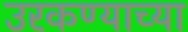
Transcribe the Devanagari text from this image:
उरकण्याच्या